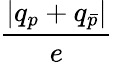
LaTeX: \frac{\left|q_{p}+q_{\bar{p}}\right|}{e}